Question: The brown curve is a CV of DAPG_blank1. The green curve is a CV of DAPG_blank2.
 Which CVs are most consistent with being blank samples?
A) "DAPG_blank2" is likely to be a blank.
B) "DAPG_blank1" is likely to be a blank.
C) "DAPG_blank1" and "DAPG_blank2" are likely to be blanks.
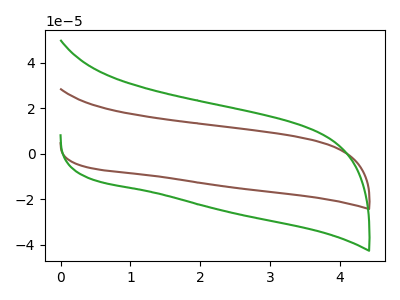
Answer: <think>The brown curve "DAPG_blank1" has no peaks. The green curve "DAPG_blank2" has no peaks.</think>
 <answer>C) "DAPG_blank1" and "DAPG_blank2" are likely to be blanks.</answer>
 <eval>C</eval>